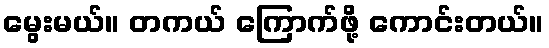
မွေးမယ်။ တကယ် ကြောက်ဖို့ ကောင်းတယ်။